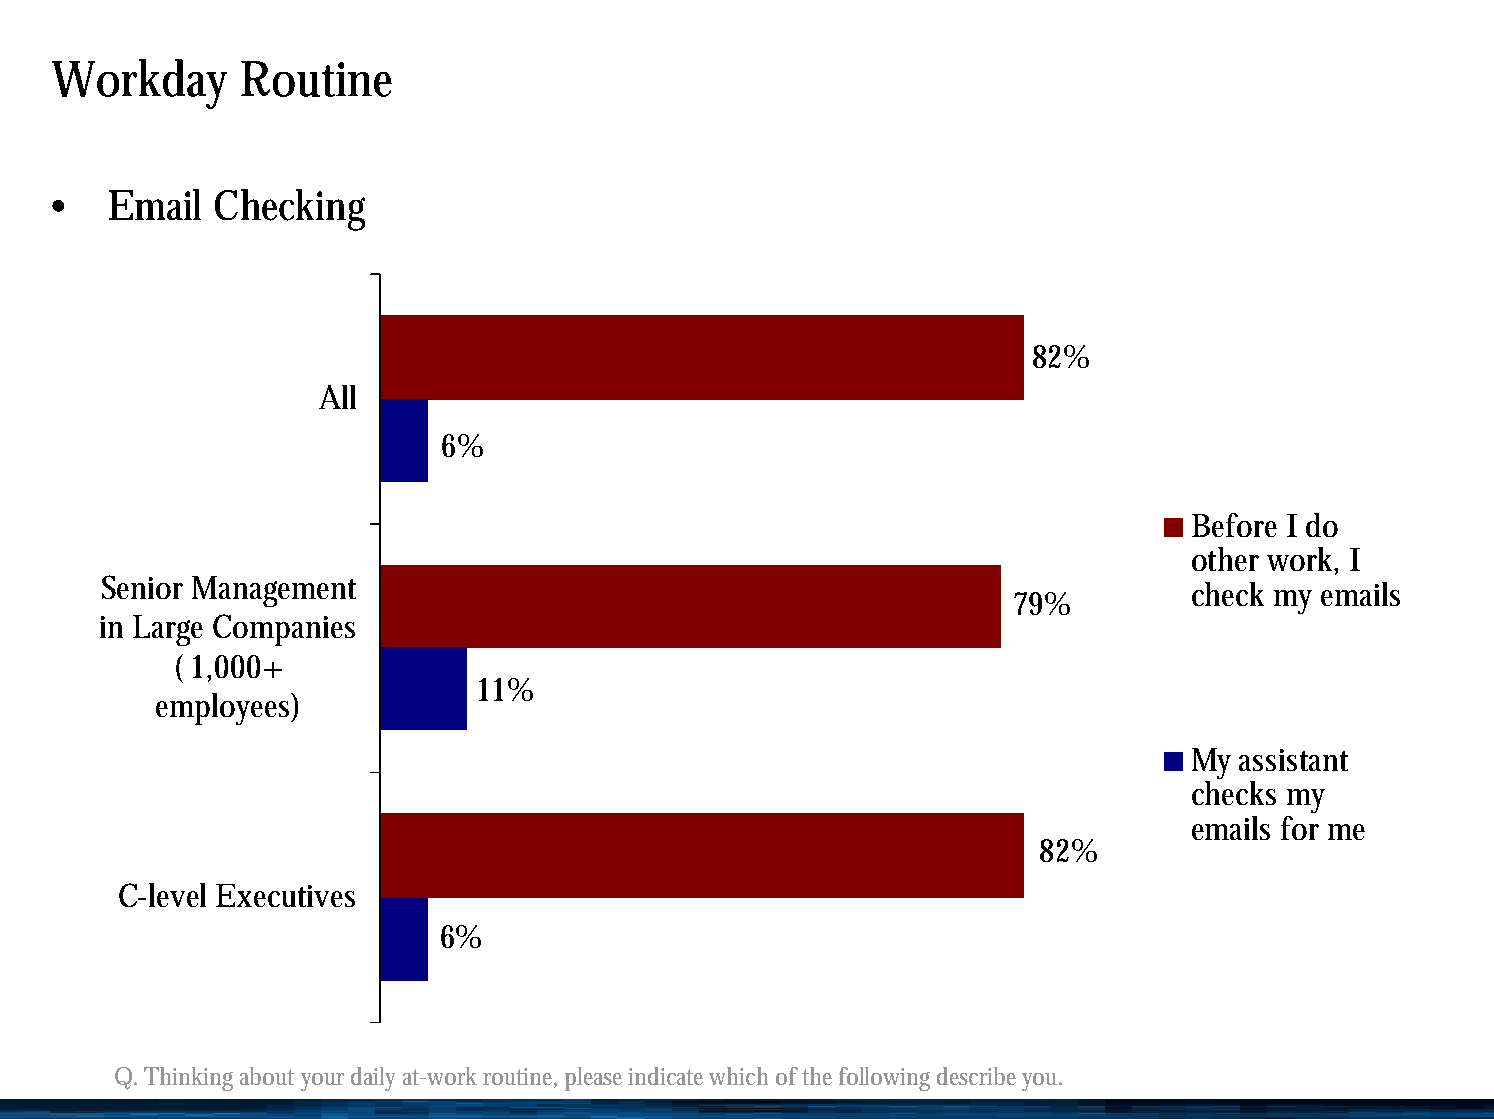
Workday      Routine
 •   Email  Checking
 82%
 All
 6%
 Before I do
 other work, I
 Senior Management
 check my emails
 79%
 in Large Companies
 ( 1,000+
 11%
 employees)
 My assistant
 checks my
 emails for me
 82%
 C-level Executives
 6%
 Q. Thinking about your daily at-work routine, please indicate which of the following describe you.